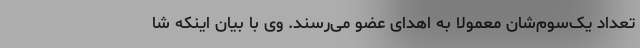
تعداد یک‌سوم‌شان معمولا به اهدای عضو می‌رسند. وی با بیان اینکه شا